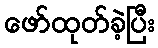
ဖော်ထုတ်ခဲ့ပြီး